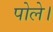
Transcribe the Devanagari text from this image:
पोले।